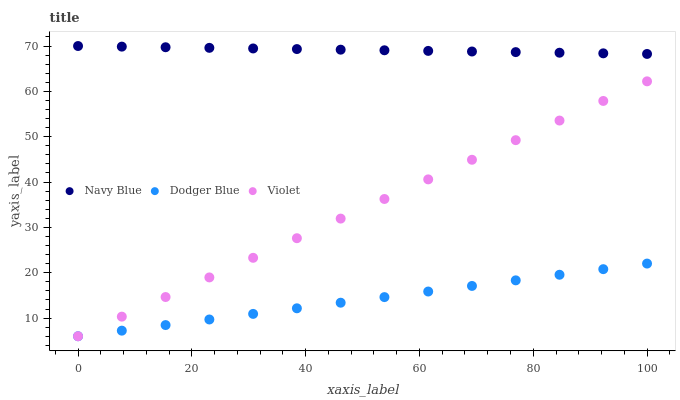
| xaxis_label | Navy Blue | Dodger Blue | Violet |
 | --- | --- | --- | --- |
 | 0 | 70 | 6 | 6 |
 | 7.69 | 69.9 | 7.23 | 10.3 |
 | 15.4 | 69.7 | 8.47 | 14.6 |
 | 23.1 | 69.6 | 9.7 | 19 |
 | 30.8 | 69.5 | 10.9 | 23.3 |
 | 38.5 | 69.3 | 12.2 | 27.6 |
 | 46.2 | 69.2 | 13.4 | 31.9 |
 | 53.8 | 69.1 | 14.6 | 36.3 |
 | 61.5 | 68.9 | 15.9 | 40.6 |
 | 69.2 | 68.8 | 17.1 | 44.9 |
 | 76.9 | 68.7 | 18.3 | 49.2 |
 | 84.6 | 68.5 | 19.6 | 53.6 |
 | 92.3 | 68.4 | 20.8 | 57.9 |
 | 100 | 68.3 | 22 | 62.2 |